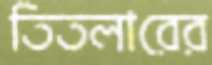
তিতলারের